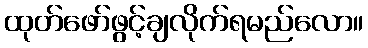
ထုတ်ဖော်ဖွင့်ချလိုက်ရမည်လော။